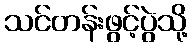
သင်တန်းဖွင့်ပွဲသို့